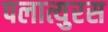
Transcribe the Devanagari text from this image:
पलात्युरस